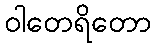
ဝါတေရိတော